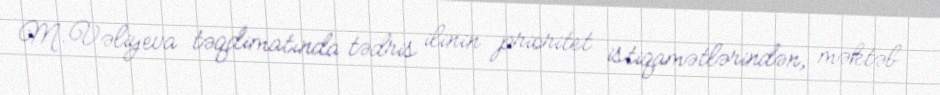
M.Vəliyeva təqdimatında tədris ilinin prioritet istiqamətlərindən, məktəb